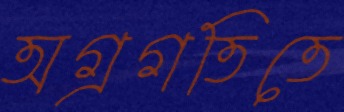
অগ্রগতিতে